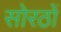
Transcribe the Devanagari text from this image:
सोरठों